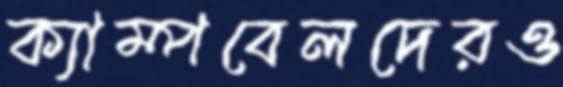
ক্যাম্পবেলদেরও